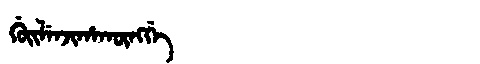
Manchu: ᡤᡠᡳᠯᡝᠨᠵᡳᡥᠠᡴᡡᠩᡤᡝ
Romanization: GUILENJIHAKŪNGGE